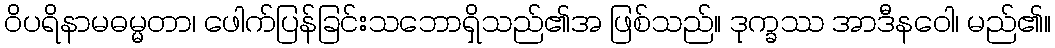
ဝိပရိနာမဓမ္မတာ၊ ဖေါက်ပြန်ခြင်းသဘောရှိသည်၏အ ဖြစ်သည်။ ဒုက္ခဿ အာဒီနဝေါ၊ မည်၏။